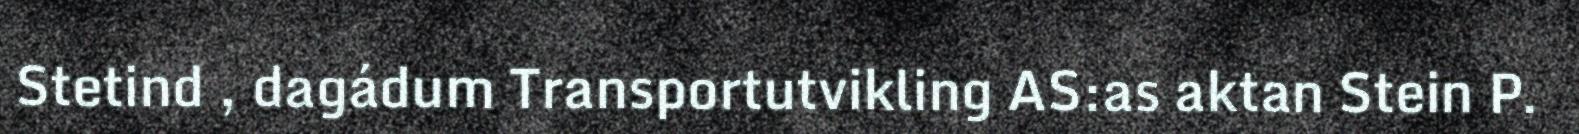
Stetind , dagádum Transportutvikling AS:as aktan Stein P.